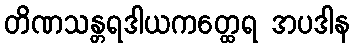
တိဏသန္တရဒါယကတ္ထေရ အပဒါန